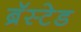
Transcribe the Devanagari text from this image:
ब्रॅस्टेड